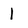
Character: l